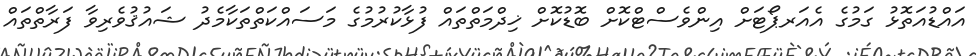
އައްޑުއަތޮޅު ގަމުގެ އެއަރޕޯޓަށް އިންވެސްޓްކޮށް ބޮޑުކޮށް ޚިދްމަތްތައް ފުޅާކުރުމުގެ މަސައްކަތްތަކާމެދު ޝައުޤުވެރިވާ ފަރާތްތައް